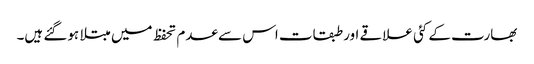
بھارت کے کئی علاقے اور طبقات اس سے عدم تحفظ میں مبتلا ہوگئے ہیں۔